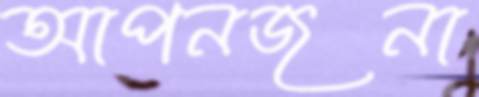
আপনজনা